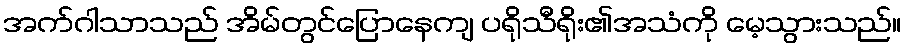
အက်ဂါသာသည် အိမ်တွင်ပြောနေကျ ပရိုသီရိုး၏အသံကို မေ့သွားသည်။